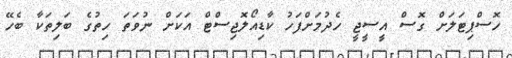
ހޮސްޕިޓަލަށް ގޮސް އީސީޖީ ހެދުމަށްފަހު ކާޑިއޯލޮޖިސްޓް އަކަށް ނުވަތަ ހިތުގެ ބަލިތަކާ ބެހޭ